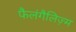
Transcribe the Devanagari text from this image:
फैलंगैलिज़्म